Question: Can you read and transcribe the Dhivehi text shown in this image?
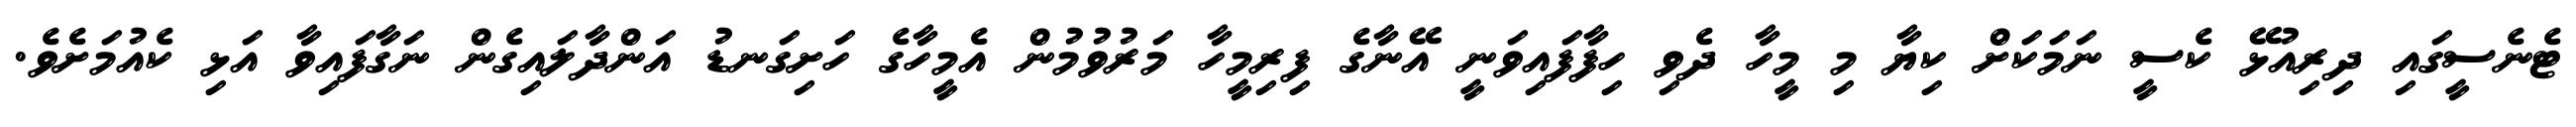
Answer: ޓެނެސީގައި ދިރިއުޅޭ ކެސީ ނަމަކަށް ކިޔާ މި މީހާ ދެވި ހިފާފައިވަނީ އޭނާގެ ފިރިމީހާ މަރުވުމުން އެމީހާގެ ހަށިގަނޑު އަންދާލައިގެން ނަގާފައިވާ އަޅި ކެއުމަށެވެ.